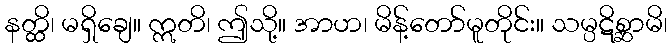
နတ္ထိ၊ မရှိချေ။ ဣတိ၊ ဤသို့။ အာဟ၊ မိန့်တော်မူတိုင်း။ သမ္ပဋိစ္ဆာမိ၊